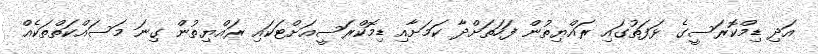
އަދި ޑިމްކޮރަސީގެ ޅަފަތުގައި ރައްޔިތުން ފަހަތަށްދާ ކަމަށާއި ޑިމޮކްރަސީއަށްޓަކައި ރައްޔިތުން ގިނަ މަސައްކަތްތަކެއް